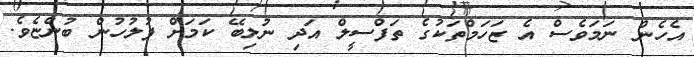
އެހެން ނަމަވެސް އެ ޒަހަމްތަކުގެ ތަފްސީލް އަދި ނުލިބޭ ކަމަށް ފުލުހުން ބުންޏެވެ.